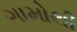
ગામોથી